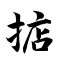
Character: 掂